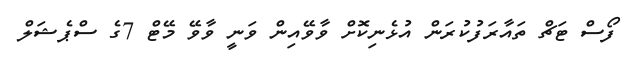
ފޯސް ޓަޗް ތައާރަފުކުރަން އުޅެނިކޮށް ވާވޭއިން ވަނީ ވާވޭ މޭޓް 7ގެ ސްޕެޝަލް